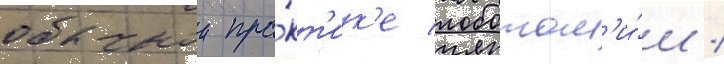
обычнои пра́кт'ик'е лоботом'и́и /